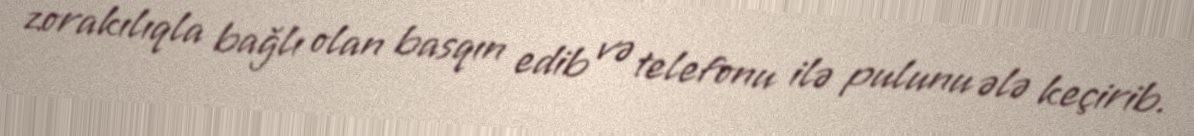
zorakılıqla bağlı olan basqın edib və telefonu ilə pulunu ələ keçirib.